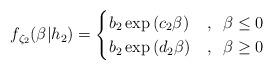
LaTeX: \begin{align*}f_{\zeta_2}(\beta|h_2)=\begin{cases}b_2 \exp\left(c_2 \beta\right) & , \;\; \beta\leq 0 \\b_2 \exp\left(d_2 \beta\right) & , \;\; \beta\geq 0\end{cases}\end{align*}